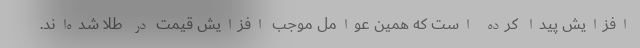
افزایش پیدا کرده است که همین عوامل موجب افزایش قیمت در طلا شده‌اند.